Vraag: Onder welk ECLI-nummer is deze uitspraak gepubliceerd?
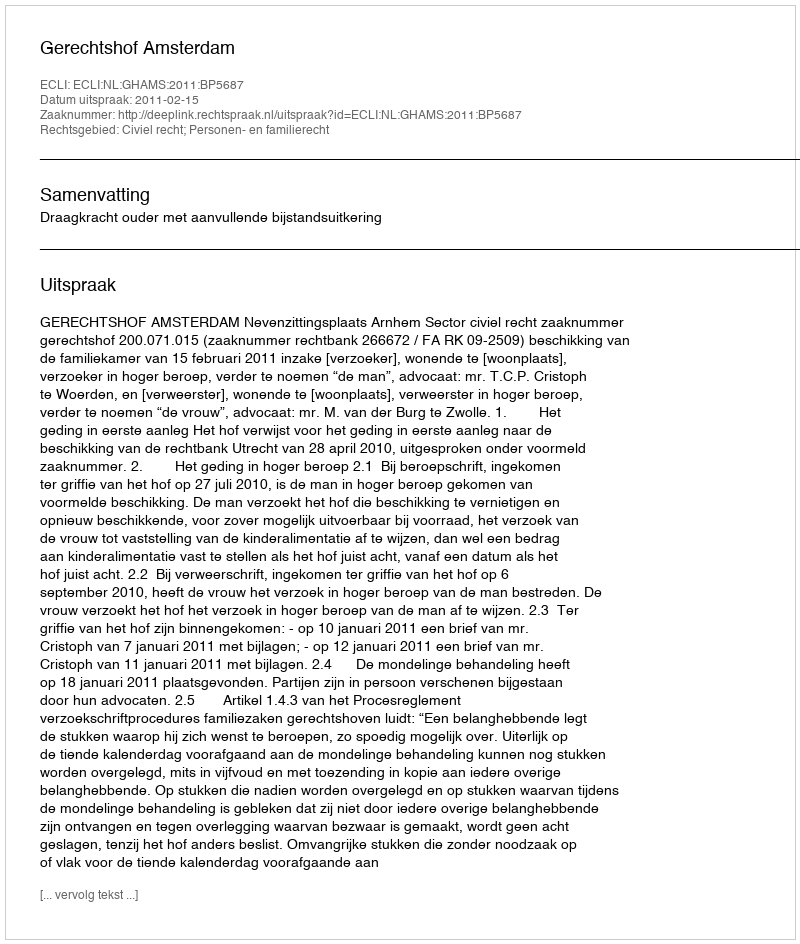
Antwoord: ECLI:NL:GHAMS:2011:BP5687